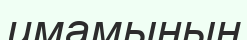
имамының